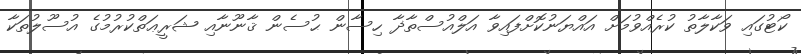
ކޯޓުގައި ވަކާލާތު ކުރެއްވުމަށް އައްޔަނުކޮށްފައިވާ އަލްއުސްތާޛާ ހިސާން ޙުސެން ޤާނޫނާއި ޝަރީޢަތްކުރުމުގެ އުސޫލުތަކާ